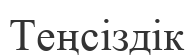
Теңсіздік